Annual report on the working of the Harcourt Butler Institute of Public Health, Rangoon
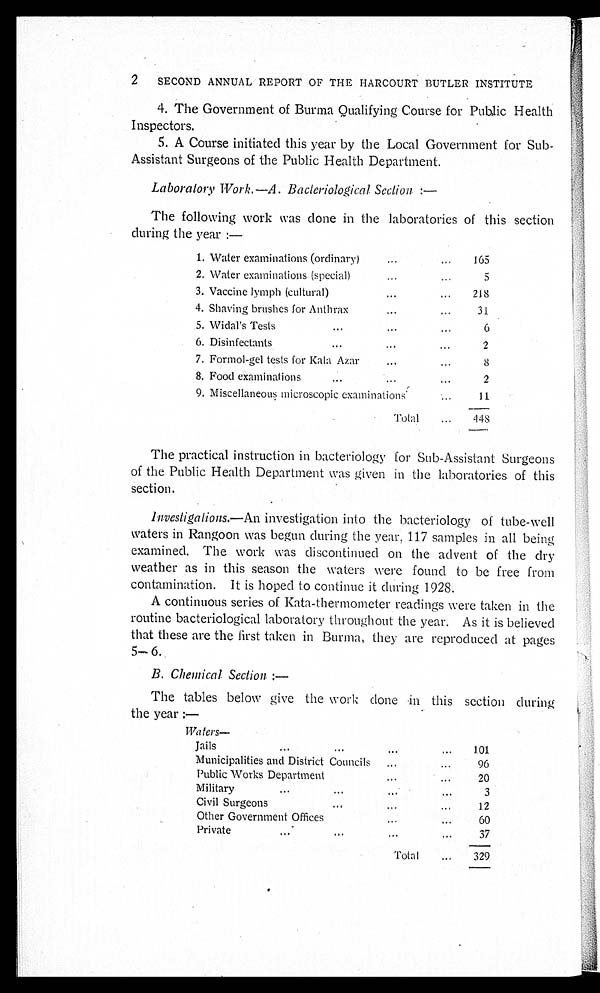
2
SECOND ANNUAL REPORT OF THE HARCOURT BUTLER INSTITUTE
4. The Government of Burma Qualifying Course for Public Health
Inspectors.
5. A Course initiated this year by the Local Government for Sub
-Assistant Surgeons of the Public Health Department.
Laboratory Work.—A. Bacteriological Section : —
The following work was done in the laboratories of this section
during the year:—
1. Water examinations (ordinary) . . .
165
2. Water examinations (special) . . .
5
3. Vaccine lymph (cultural) . . .
2 1 8
4. Shaving brushes for Anthrax. . .
31
5. Widal's Tests . . .
6
6. Disinfectants . . .
2
7. Formol-gel tests for Kala Azar . . .
8
8. Food examinations . . .
2
9. Miscellaneous microscopic examinations . . .
11
T o t a l . . .
448
The practical instruction in bacteriology for Sub-Assistant Surgeons
of the Public Health Department was given in the laboratories of this
section.
lnvestigations.—An investigation into the bacteriology of tube-well
waters in Rangoon was begun during the year, 117 samples in all being
examined. The work was discontinued on the advent of the dry
weather as in this season the waters were found to be free from
contamination. It is hoped to continue it during 1928.
A continuous series of Kata-thermometer readings were taken in the
routine bacteriological laboratory throughout the year. As it is believed
that these are the first taken in Burma, they are reproduced at pages
5— 6.
B. Chemical Section : —
The tables below give the work done in this section during
the year:—
Waters
—
Jails
.
.
.
101
Municipalities and District Councils . . .
96
Public Works Department . . .
20
Military . . .
3
Civil Surgeons . . .
12
Other Government Offices . . .
60
Private . . .
37
Total . . .
329